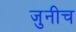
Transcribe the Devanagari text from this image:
जुनीच